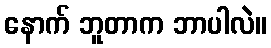
နောက် ဘူတာက ဘာပါလဲ။